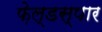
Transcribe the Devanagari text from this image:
फ़ेल्डस्पार